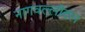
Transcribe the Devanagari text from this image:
नागवल्लीदल